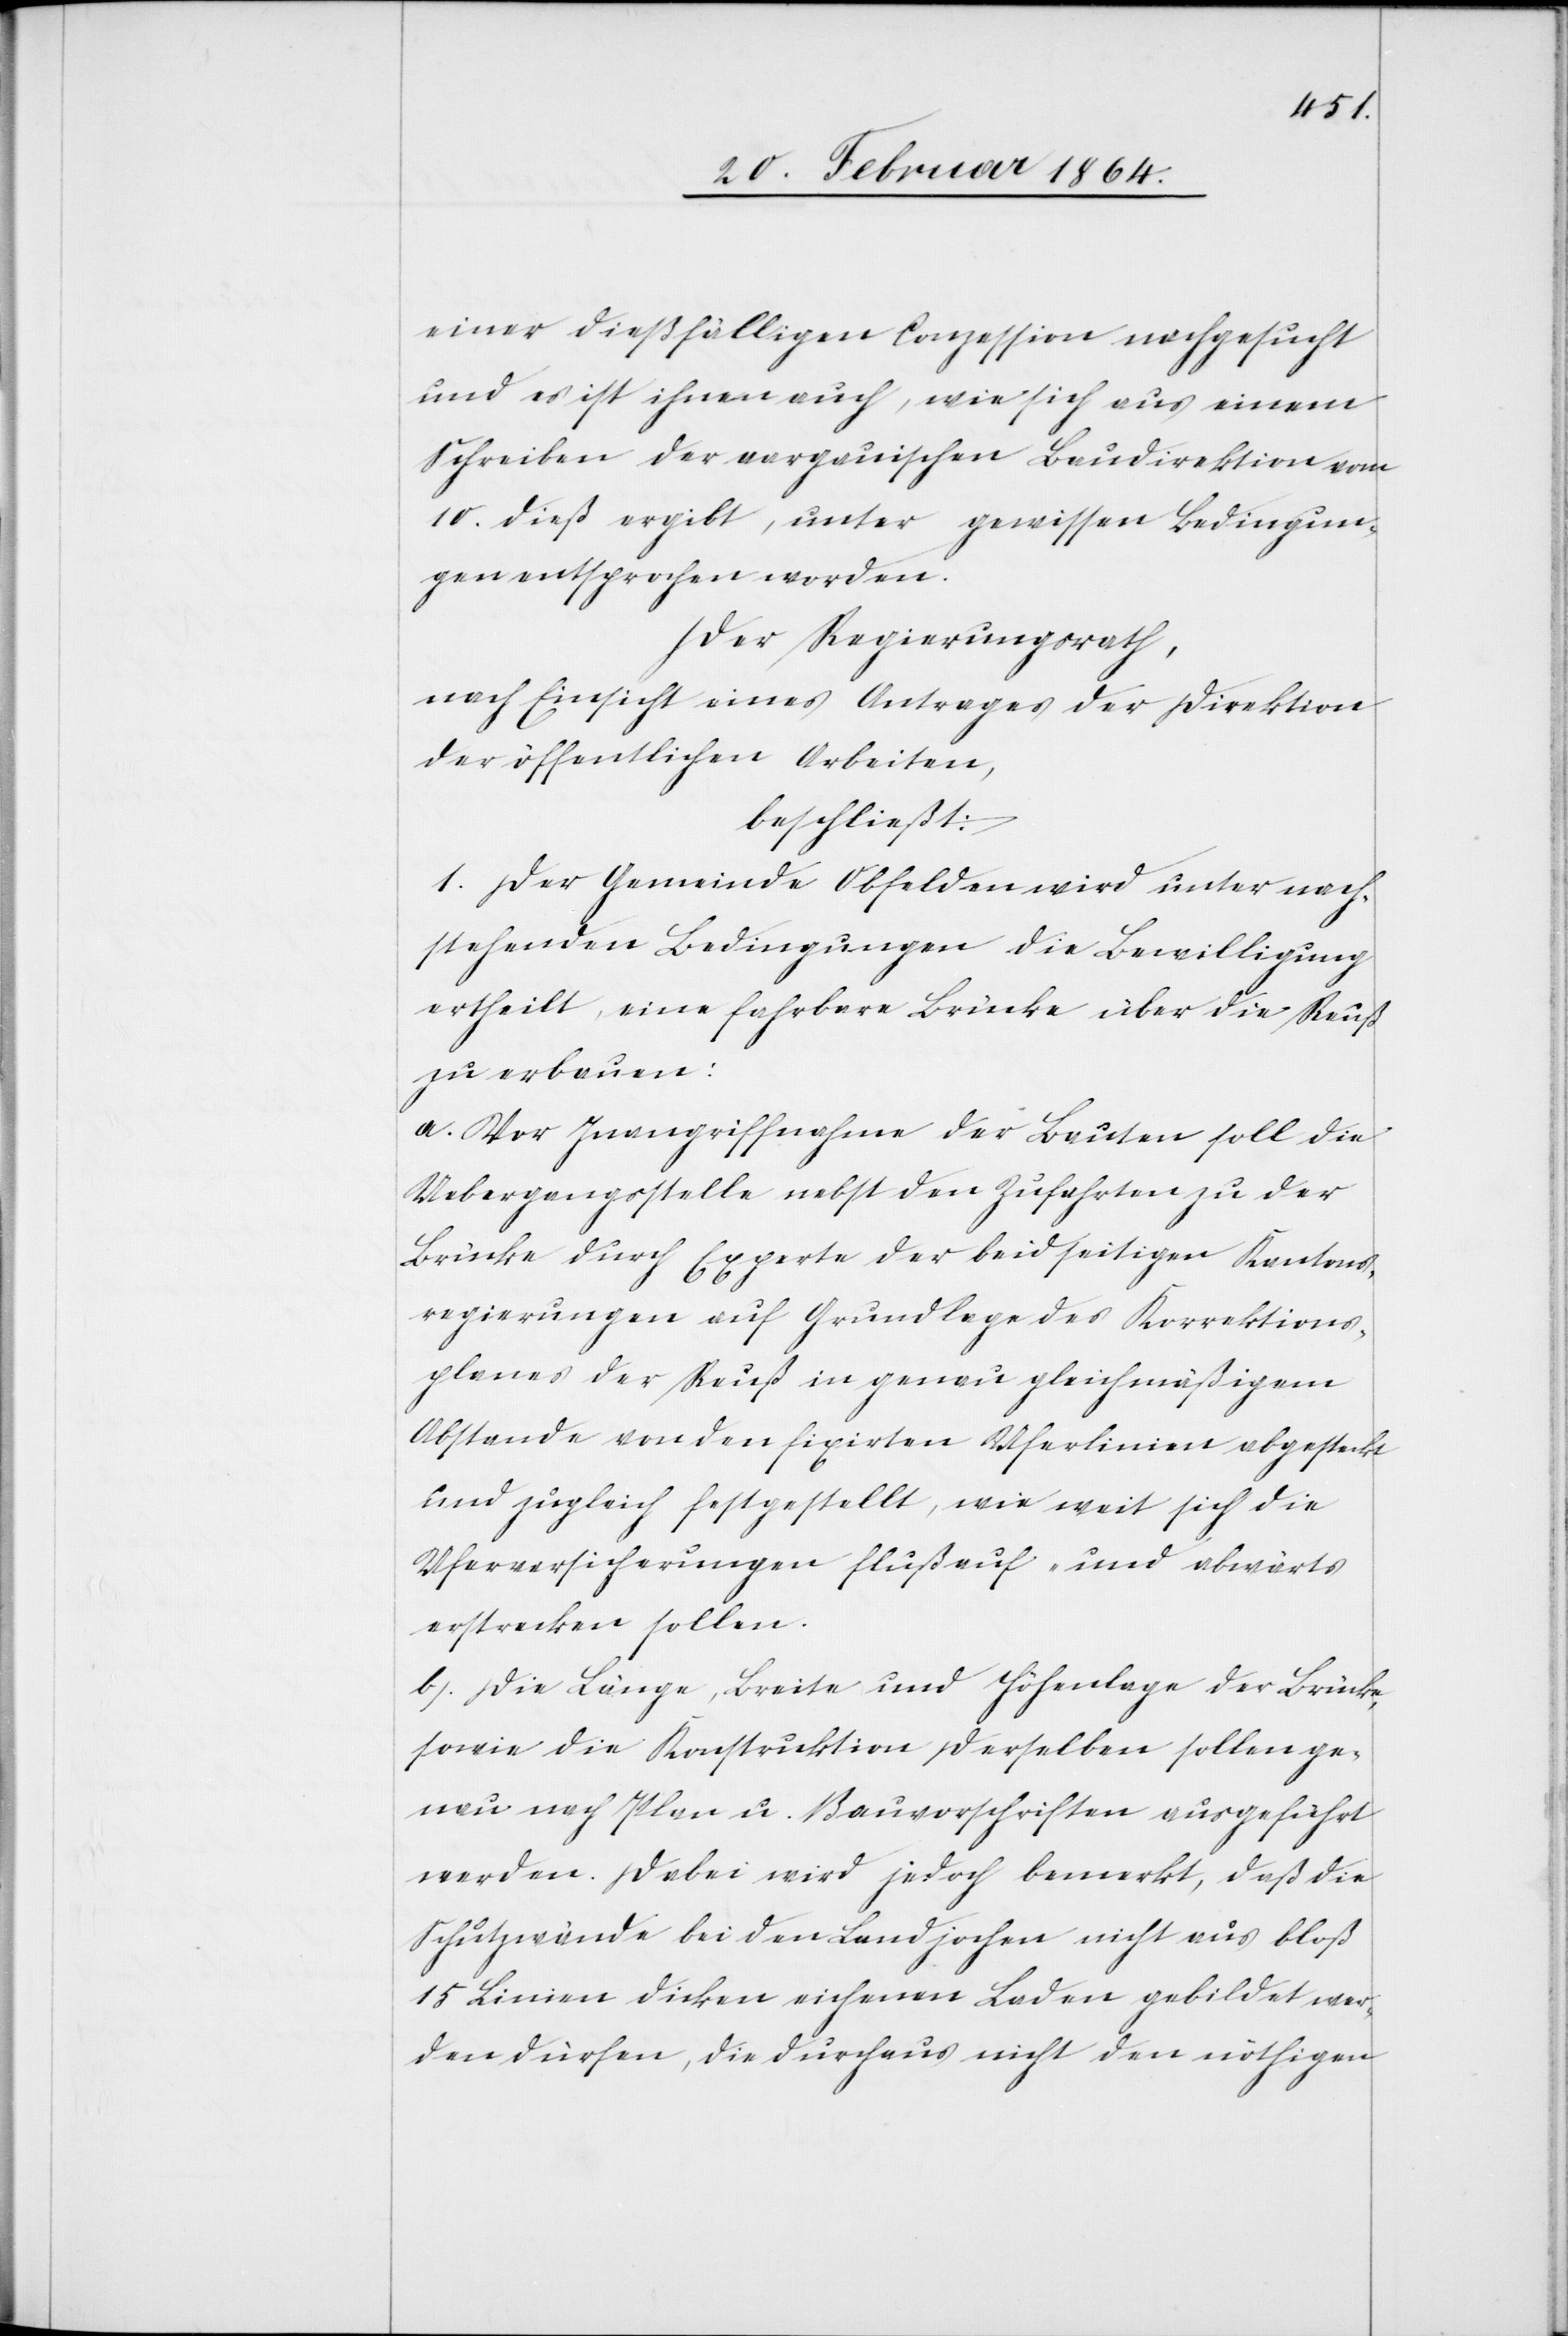
einer dießfälligen Conzession nachgesucht
und es ist ihnen auch, wie sich aus einem
Schreiben der aargauischen Baudirektion vom
10. dieß ergibt, unter gewissen Bedingun¬
gen entsprochen worden.
Der Regierungsrath,
nach Einsicht eines Antrages der Direktion
der öffentlichen Arbeiten,
beschließt:
1. Der Gemeinde Obfelden wird unter nach¬
stehenden Bedingungen die Bewilligung
ertheilt, eine fahrbare Brücke über die Reuß
zu erbauen:
a. Vor Inangriffnahme der Bauten soll die
Uebergangsstelle nebst den Zufahrten zu der
Brücke durch Experte der beidseitigen Kantons¬
regierungen auf Grundlage des Korrektions¬
planes der Reuß in genau gleichmäßigem
Abstande von den fixirten Uferlinien abgesteckt
und zugleich festgestellt, wie weit sich die
Uferversicherungen flußauf- und abwärts
erstrecken sollen.
b. Die Länge, Breite und Höhenlage der Brücke,
sowie die Konstruktion derselben sollen ge¬
nau nach Plan u. Bauvorschriften ausgeführt
werden. Dabei wird jedoch bemerkt, daß die
Schutzwände bei den Landjochen nicht aus bloß
15 Linien dicken eichenen Laden gebildet wer¬
den dürfen, die durchaus nicht den nöthigen